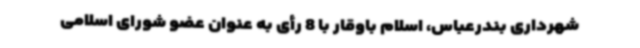
شهرداری بندرعباس، اسلام باوقار با 8 رأی به عنوان عضو شورای اسلامی